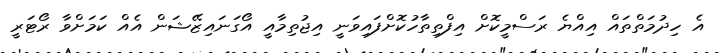
އެ ހިދުމަތްތައް އިއްޔެ ރަސްމީކޮށް އިފްތިތާހުކޮށްފައިވަނީ އިޖުތިމާއީ އޯގަނައިޒޭޝަން އެއް ކަމަށްވާ ރޯޓަރީ